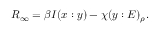
R _ { \infty } = \beta I ( x : y ) - \chi ( y : E ) _ { \rho } .